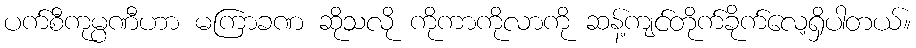
ပက်စီကုမ္ပဏီဟာ မကြာခဏ ဆိုသလို ကိုကာကိုလာကို ဆန့်ကျင်တိုက်ခိုက်လေ့ရှိပါတယ်။